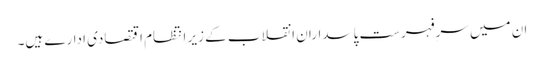
ان میں سرِفہرست پاسداران انقلاب کے زیر انتظام اقتصادی ادارے ہیں۔